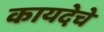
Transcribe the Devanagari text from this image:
कायदेचे